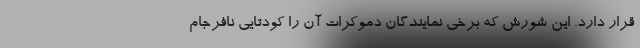
قرار دارد. این شورش که برخی نمایندگان دموکرات آن را کودتایی نافرجام